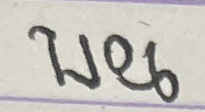
บน